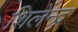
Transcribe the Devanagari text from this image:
शिलेन्द्र